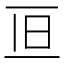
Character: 𠀥